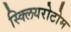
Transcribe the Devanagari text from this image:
स्क्लियरोटोम